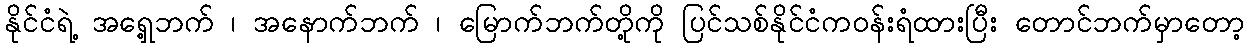
နိုင်ငံရဲ့ အရှေ့ဘက် ၊ အနောက်ဘက် ၊ မြောက်ဘက်တို့ကို ပြင်သစ်နိုင်ငံကဝန်းရံထားပြီး တောင်ဘက်မှာတော့